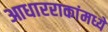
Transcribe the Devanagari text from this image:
आधारराकांमध्ये